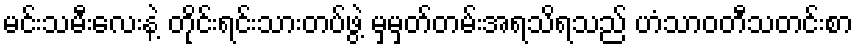
မင်းသမီးလေးနဲ့ တိုင်းရင်းသားတပ်ဖွဲ့ မှမှတ်တမ်းအရသိရသည် ဟံသာဝတီသတင်းစာ